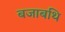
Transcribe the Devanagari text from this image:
बजाबथि